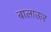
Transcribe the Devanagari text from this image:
बालाऊर